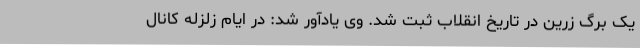
یک برگ زرین در تاریخ انقلاب ثبت شد. وی یادآور شد: در ایام زلزله کانال